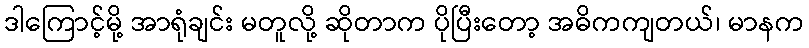
ဒါကြောင့်မို့ အာရုံချင်း မတူလို့ ဆိုတာက ပိုပြီးတော့ အဓိကကျတယ်၊ မာနက